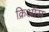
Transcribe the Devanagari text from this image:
क्रिऑस